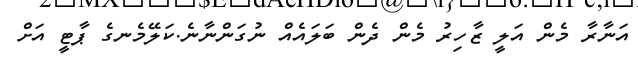
އަނާރާ މެން އަލީ ޒާހިރު މެން ދެން ބަލައެއް ނުގަންނާނެ.ކަލޭމެނގެ ޕާޓީ އަށް